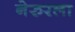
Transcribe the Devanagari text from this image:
नेरुरला